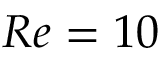
R e = 1 0